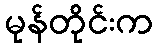
မုန်တိုင်းက